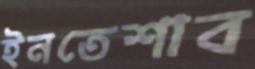
ইনতেশাব